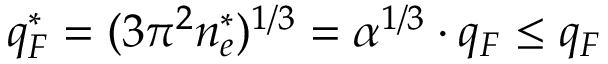
q _ { F } ^ { * } = ( 3 \pi ^ { 2 } n _ { e } ^ { * } ) ^ { 1 / 3 } = \alpha ^ { 1 / 3 } \cdot q _ { F } \le q _ { F }